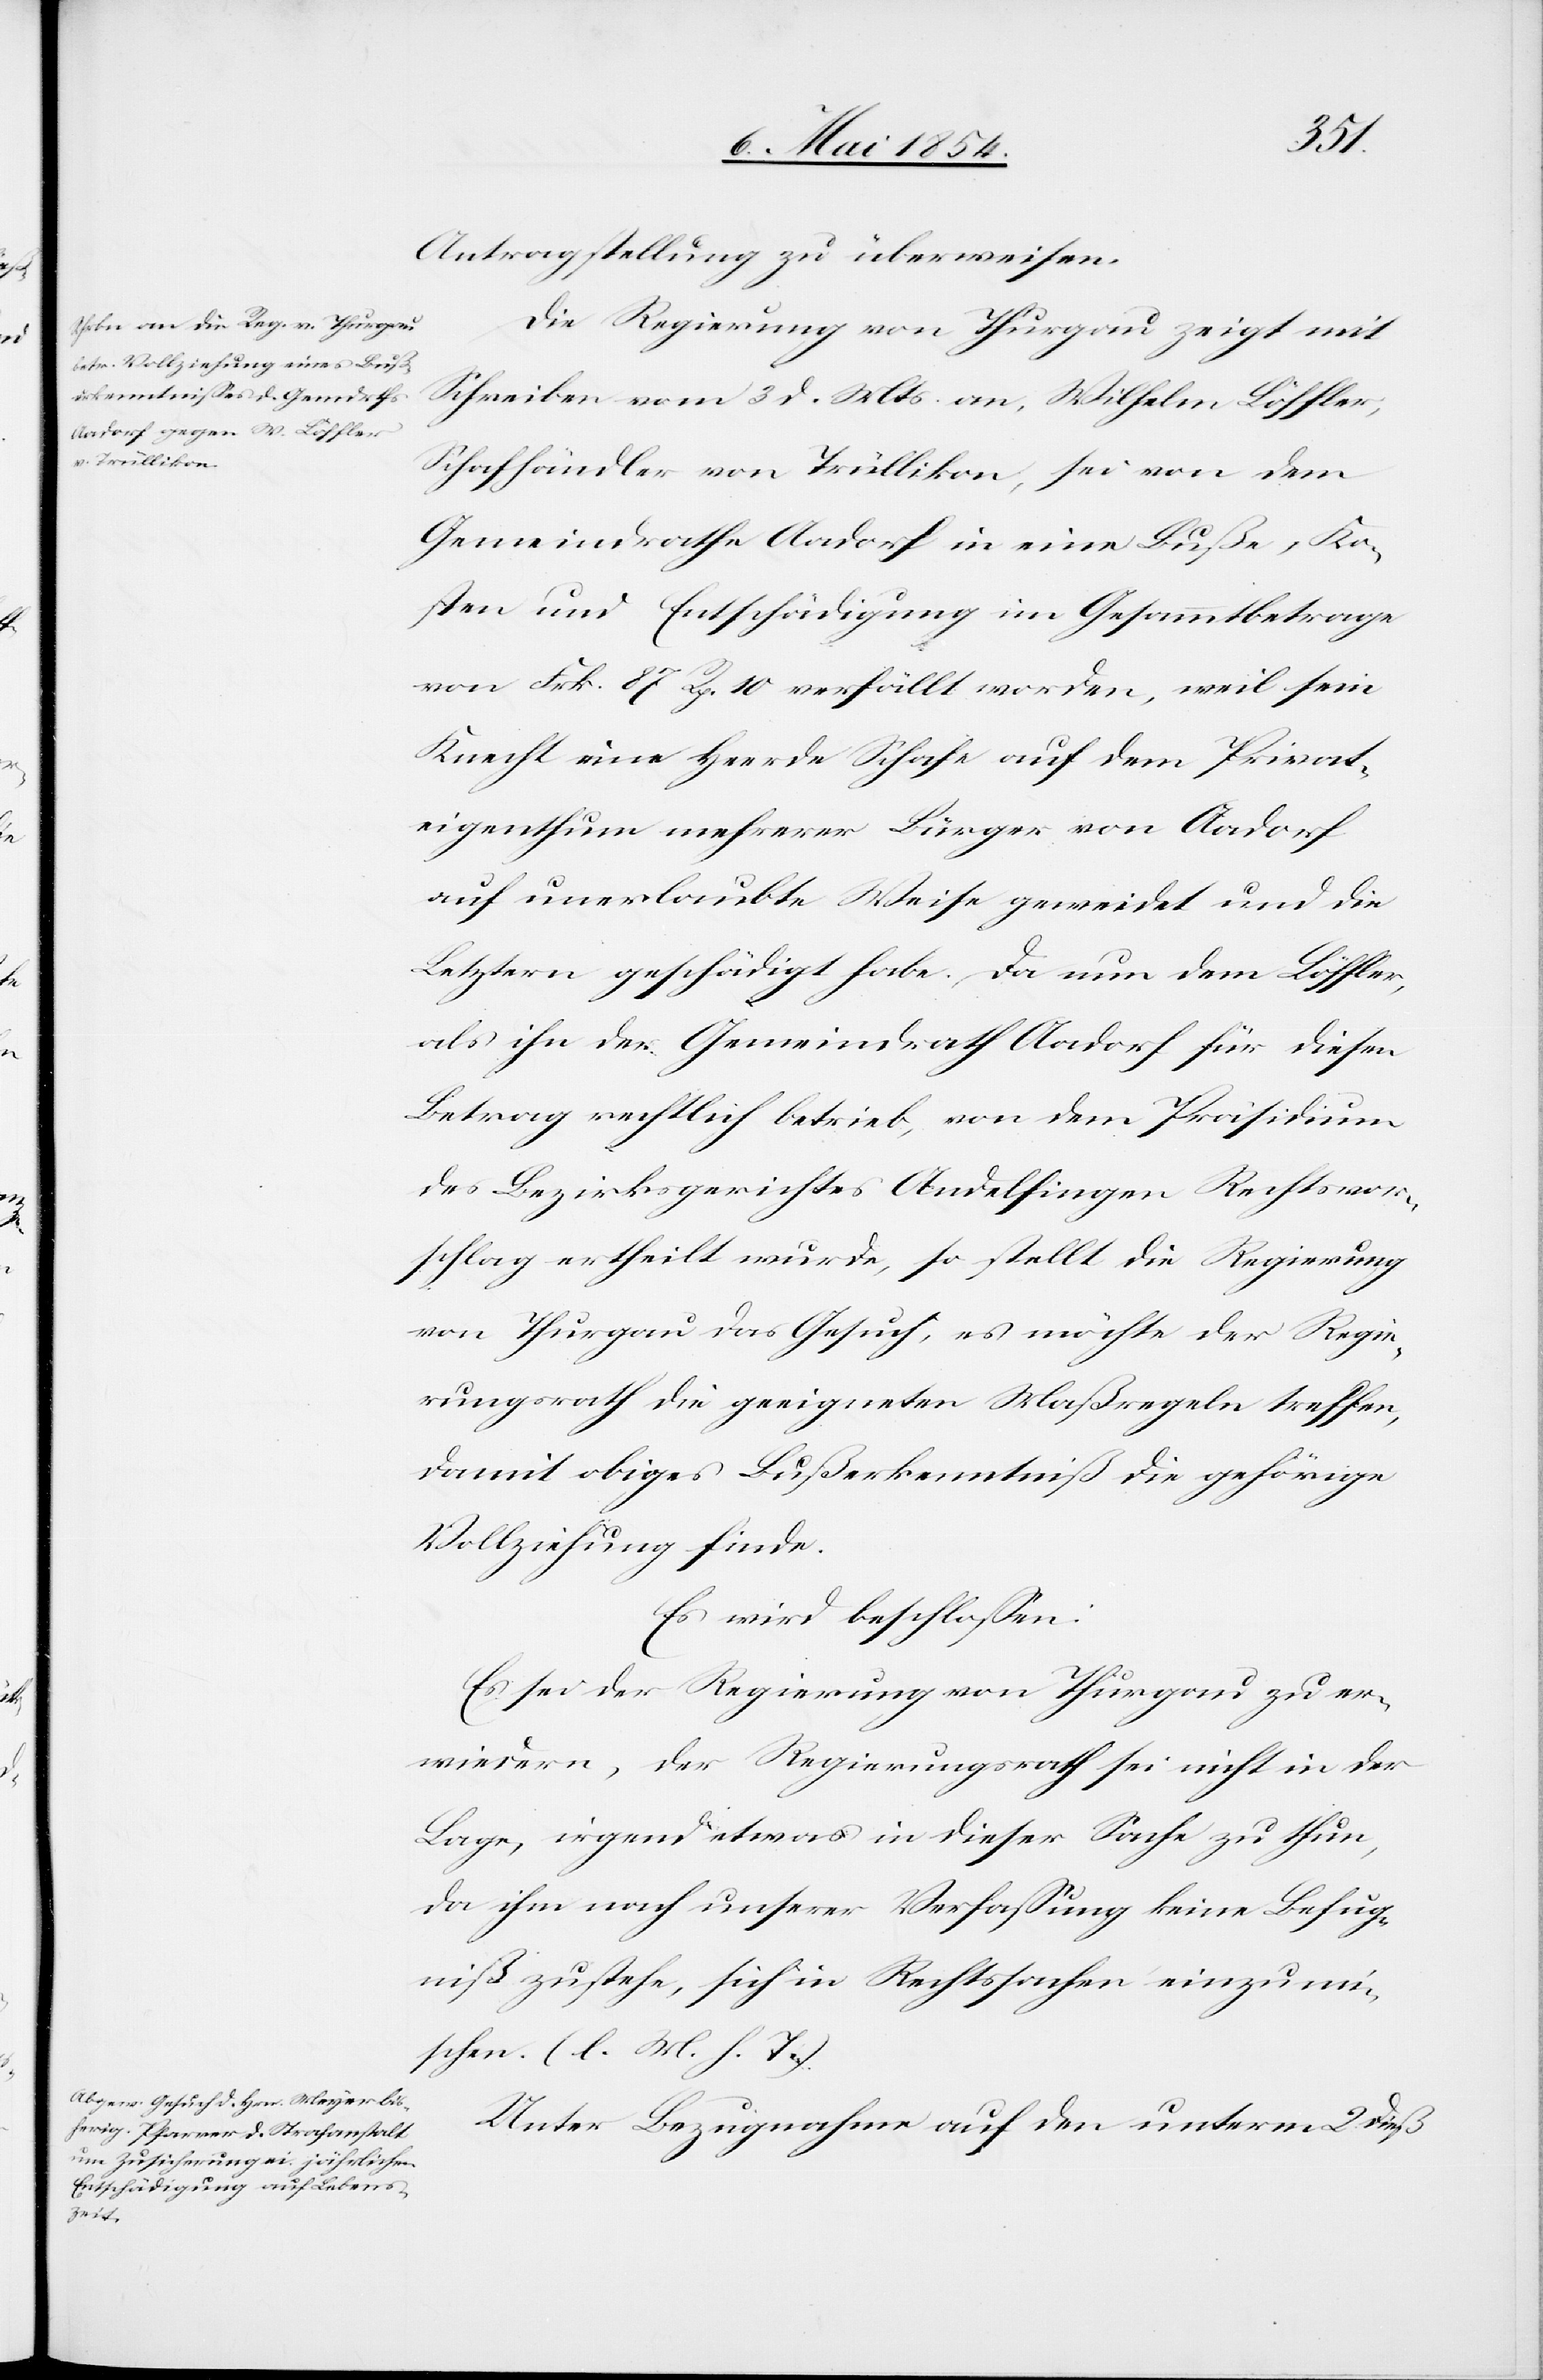
Antragstellung zu überweisen.
Die Regierung von Thurgau zeigt mit
Schreiben vom 3. d. Mts. an, Wilhelm Löffler,
Schafhändler von Trüllikon, sei von dem
Gemeindrathe Aadorf in eine Buße, Ko¬
sten und Entschädigung im Gesammtbetrage
von Frk. 87 Rp. 10 verfällt worden, weil sein
Knecht eine Herde Schafe auf dem Privat¬
eigenthum mehrerer Bürger von Aadorf
auf unerlaubte Weise geweidet und die
Letztern geschädigt habe. Da nun dem Löffler,
als ihn der Gemeindrath Aadorf für diesen
Betrag rechtlich betrieb, von dem Präsidium
des Bezirksgerichtes Andelfingen Rechtsvor¬
schlag ertheilt wurde, so stellt die Regierung
von Thurgau das Gesuch, es möchte der Regie¬
rungsrath die geeigneten Maßregeln treffen,
damit obiges Bußerkenntniß die gehörige
Vollziehung finde.
Es wird beschloßen:
Es sei der Regierung von Thurgau zu er¬
wiedern, der Regierungsrath sei nicht in der
Lage, irgend etwas in dieser Sache zu thun,
da ihm nach unserer Verfaßung keine Befug¬
niß zustehe, sich in Rechtssachen einzumi¬
schen. (l. M. h. T.)
Unter Bezugnahme auf den unterm 2. dieß